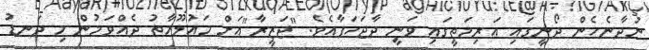
ނުދާނެހެން ދޯނީގައި އަރިމަތީގައި ވަނީ ދާޖަހަފާއެވެ. "ޖަޒީރާ"އަށް މައުލޫމާތު ދެއްވަމުން މި ދަނޑު